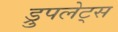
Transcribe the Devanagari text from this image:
ड्रुपलेट्स